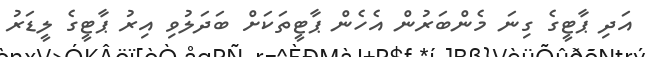
އަދި ޕާޓީގެ ގިނަ މެންބަރުން އެހެން ޕާޓީތަކަށް ބަދަލުވި އިރު ޕާޓީގެ ލީޑަރު